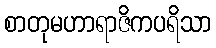
စာတုမဟာရာဇိကပရိသာ